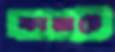
কারাটে